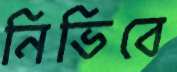
নিভিবে